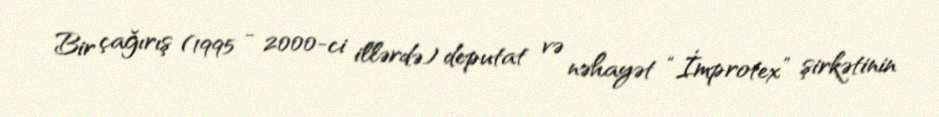
Bir çağırış (1995 - 2000-ci illərdə) deputat və nəhayət “İmprotex” şirkətinin